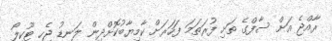
ރާއްޖެ އަށް ސާފްގެ ތަށި ފުރަތަމަ ފަހަރަށް ކާމިޔާބުކޮށްދިން ލަނޑު ޖެހި ޓޫކިލޯ